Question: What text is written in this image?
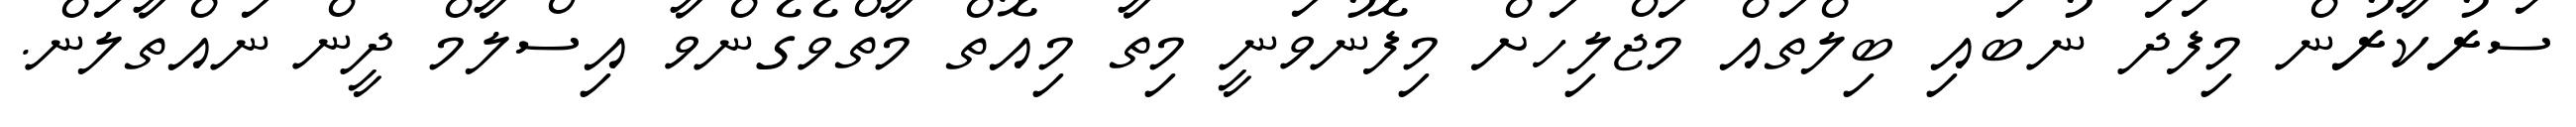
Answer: ސަރުކާރުން މިފަދަ ނުބައި ބިލްތައް މަޖްލިހަށް މިފޮނުވަނީ މިތާ މިއޮތް މާތްވެގެންވާ އިސްލާމް ދީން ނައްތާލަން.